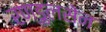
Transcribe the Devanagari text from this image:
रण्डुलसेन